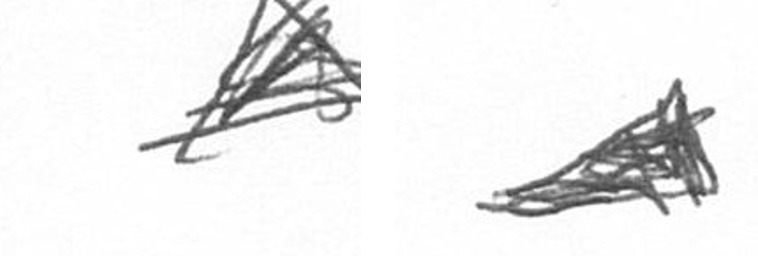
O O